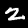
Label: 2